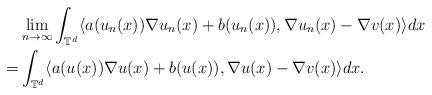
\begin{align*}& \lim_{n\rightarrow\infty} \int_{\mathbb{T}^d} \langle a(u_n(x))\nabla u_n(x) + b(u_n(x)), \nabla u_n(x) - \nabla v(x) \rangle dx \\= & \int_{\mathbb{T}^d} \langle a(u(x))\nabla u(x) + b(u(x)), \nabla u(x) - \nabla v(x) \rangle dx .\end{align*}